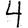
Digit: 4